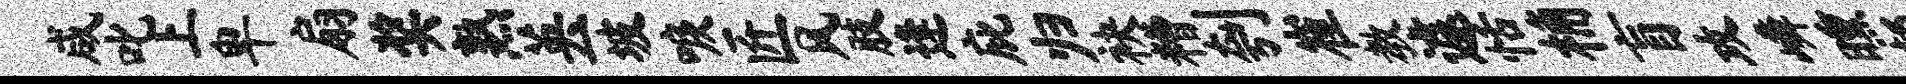
咸叱上卑扇奖熟英一坡唳匠风肢逢庇归袂糟刳崔教遽恬桷盲攻嶙曛郝